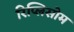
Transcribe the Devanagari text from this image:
रिप्लिसोम